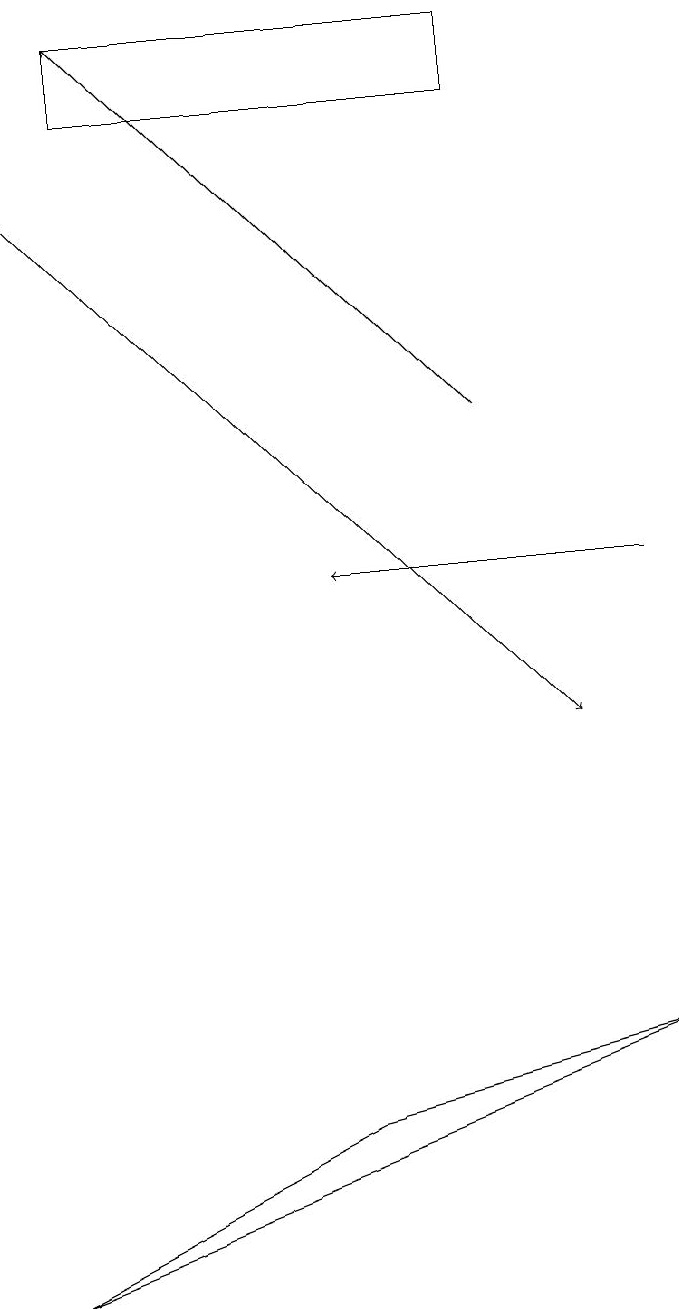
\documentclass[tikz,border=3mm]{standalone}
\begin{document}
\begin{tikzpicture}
\draw (6,18) rectangle (1,19);
\draw[->] (8,12) -- (4,12);
\draw[->] (6,14) -- (1,19);
\draw[->] (0,17) -- (7,10);
\draw (8,6) -- (4,5) -- (0,3) -- cycle;
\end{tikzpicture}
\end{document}